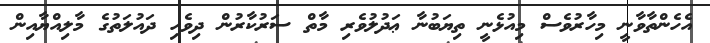
އެހެންތާވާނީ މިހާރުވެސް މިއުޅެނީ ތިޔަބުނާ ޢަދުލުވެރި މާތް ސަރުކާރުން ދިވެހި ދައުލަތުގެ މާލިއްޔާއިން